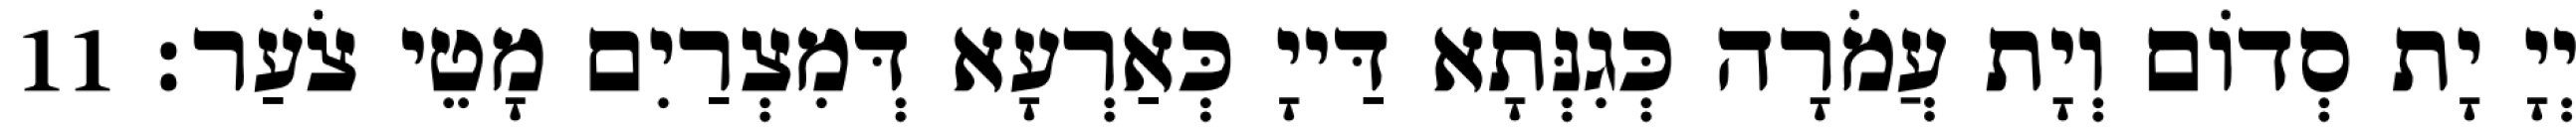
יְיָ יָת סְדוֹם וְיָת עֲמֹרָה כְּגִנְּתָא דַּייָ כְּאַרְעָא דְּמִצְרַיִם מָטֵי צֹעַר׃ 11